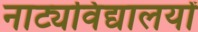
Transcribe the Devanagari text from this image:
नाट्यविद्यालयों